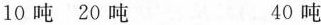
10吨 20吨 40吨